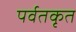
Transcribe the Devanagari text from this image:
पर्वतकृत